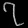
Digit: ၇